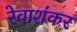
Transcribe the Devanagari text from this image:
रेवाशंकर